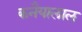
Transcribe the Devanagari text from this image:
कनैयालाल